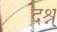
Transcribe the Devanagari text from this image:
दश्न्